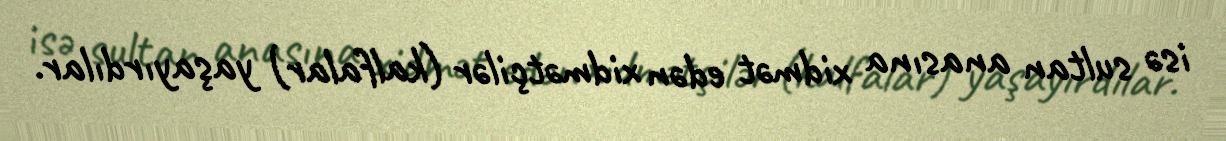
isə sultan anasına xidmət edən xidmətçilər (kalfalar) yaşayırdılar.